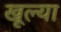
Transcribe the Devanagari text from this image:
खूल्या